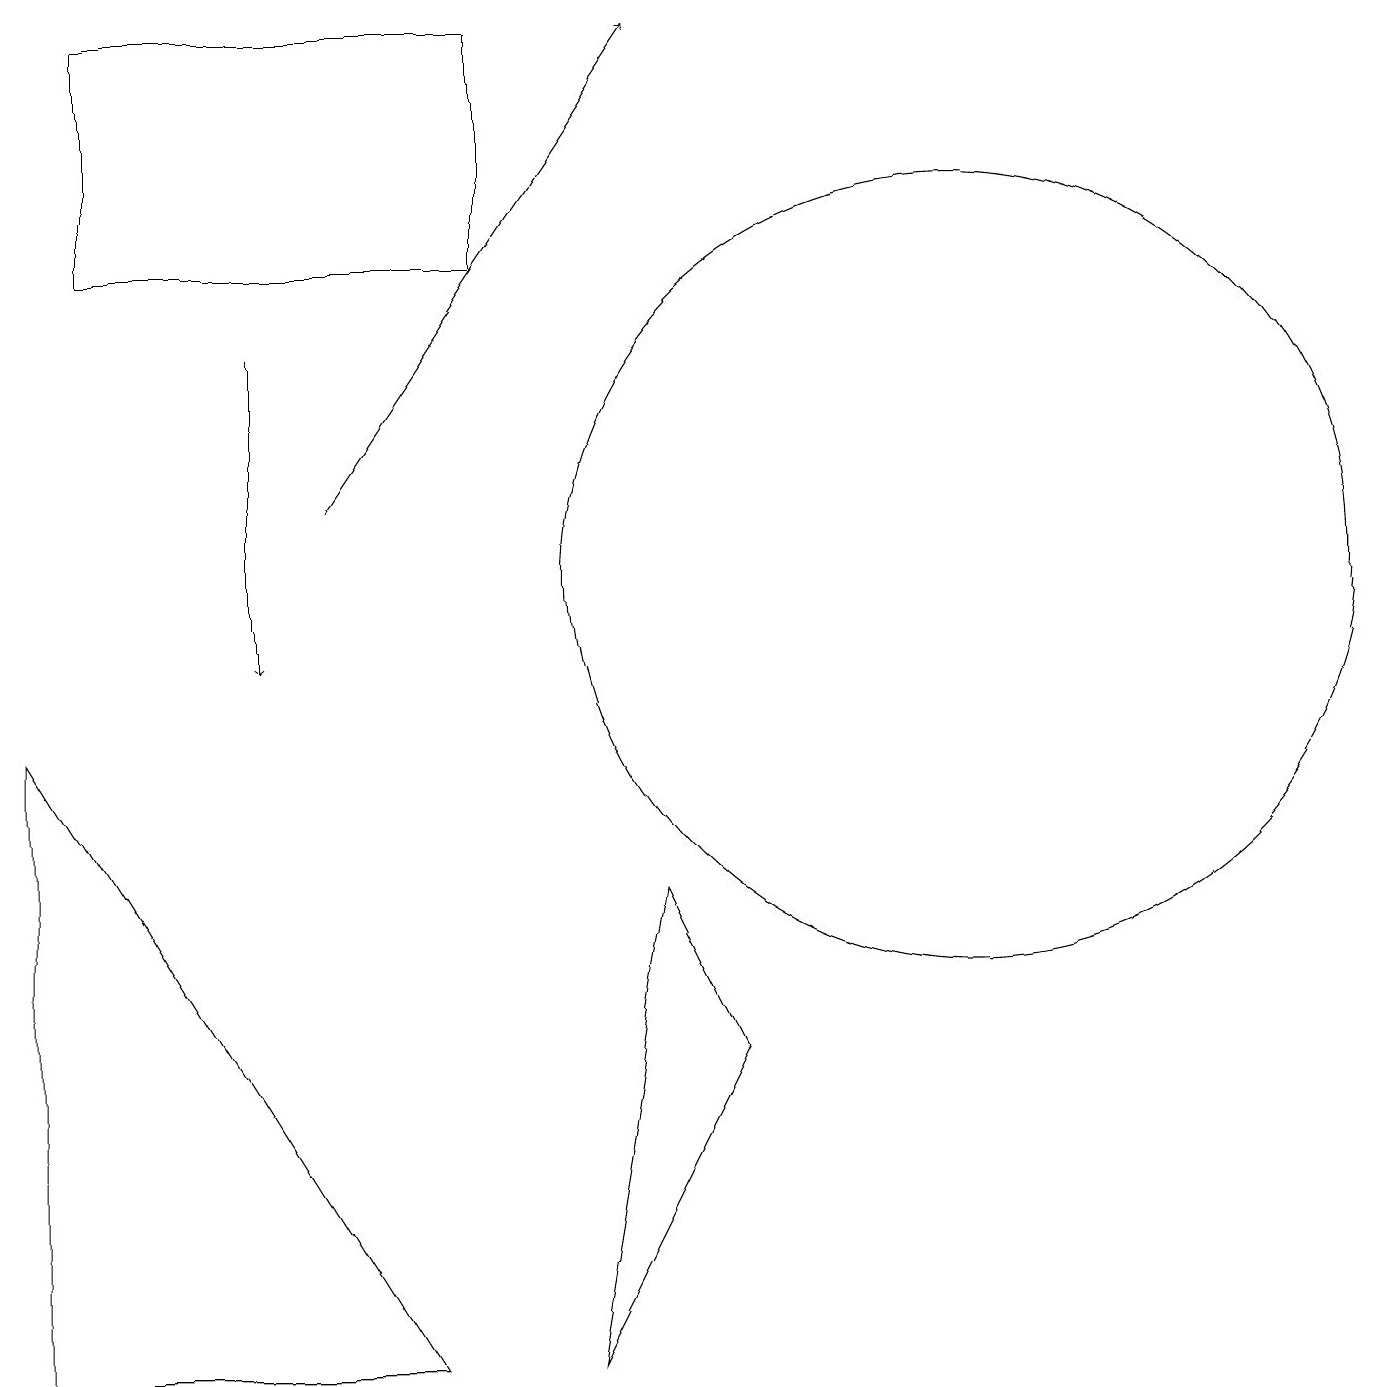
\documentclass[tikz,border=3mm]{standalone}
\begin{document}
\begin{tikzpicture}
\draw[->] (4,12) -- (8,18);
\draw (9,5) -- (7,1) -- (8,7) -- cycle;
\draw (1,18) rectangle (6,15);
\draw (12,11) circle (5);
\draw (10,12) circle (0);
\draw (0,1) -- (5,1) -- (0,9) -- cycle;
\draw[->] (3,14) -- (3,10);
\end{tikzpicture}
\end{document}